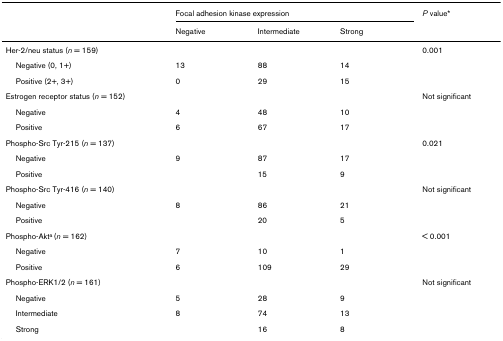
|  | <COLSPAN=3> Focal adhesion kinase expression | P value* |
 |  | Negative | Intermediate | Strong |  |
 | --- | --- | --- | --- | --- |
 | Her-2/neu status (n = 159) |  |  |  | 0.001 |
 | Negative (0, 1+) | 13 | 88 | 14 |  |
 | Positive (2+, 3+) | 0 | 29 | 15 |  |
 | Estrogen receptor status (n = 152) |  |  |  | Not significant |
 | Negative | 4 | 48 | 10 |  |
 | Positive | 6 | 67 | 17 |  |
 | Phospho-Src Tyr-215 (n = 137) |  |  |  | 0.021 |
 | Negative | 9 | 87 | 17 |  |
 | Positive |  | 15 | 9 |  |
 | Phospho-Src Tyr-416 (n = 140) |  |  |  | Not significant |
 | Negative | 8 | 86 | 21 |  |
 | Positive |  | 20 | 5 |  |
 | Phospho-Akta (n = 162) |  |  |  | < 0.001 |
 | Negative | 7 | 10 | 1 |  |
 | Positive | 6 | 109 | 29 |  |
 | Phospho-ERK1/2 (n = 161) |  |  |  | Not significant |
 | Negative | 5 | 28 | 9 |  |
 | Intermediate | 8 | 74 | 13 |  |
 | Strong |  | 16 | 8 |  |